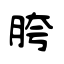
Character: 胯